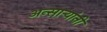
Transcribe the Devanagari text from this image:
अन्साऱ्यांनी